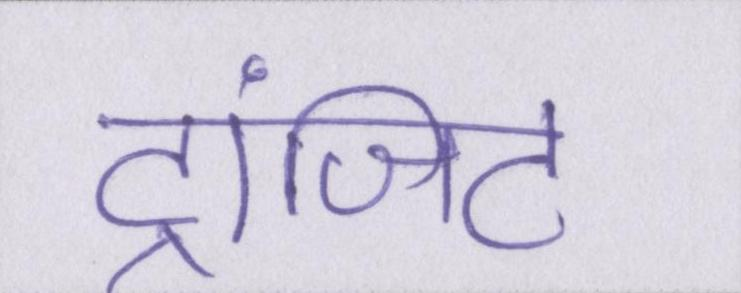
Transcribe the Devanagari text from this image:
ट्रांजिट